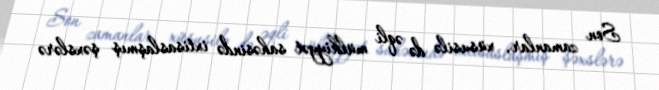
Son zamanlar, xüsusilə də əqli mülkiyyət sahəsində ixtisaslaşmış şəxslərə